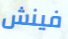
فينش